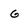
Character: G